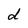
Character: d